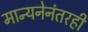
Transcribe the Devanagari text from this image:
मान्यनेनंतरही